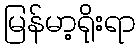
မြန်မာ့ရိုးရာ